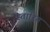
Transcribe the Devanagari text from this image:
स्तारित